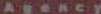
Agency